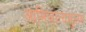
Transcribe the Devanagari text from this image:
आभिजात्यसुलभ